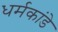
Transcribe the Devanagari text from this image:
धर्मकांडे